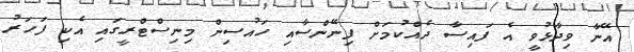
އޭނާ ވިދާޅުވީ އެ ފައިސާ ދެއްކުމަށް ފިނޭންސާއި ހައުސިން މިނިސްޓްރީގައި އެކި ފަހަރު